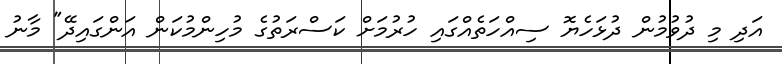
އަދި މި ދުވުމުން ދުޅަހެޔޮ ސިއްހަތެއްގައި ހުރުމަށް ކަސްރަތުގެ މުހިންމުކަން އަންގައިދޭ" މާނު